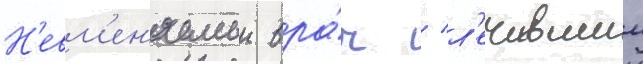
Н'евм'ен'яемыи вра́ч / л'ечившии